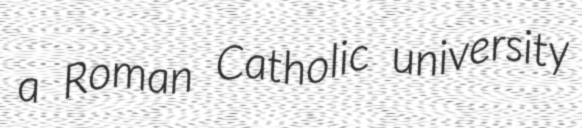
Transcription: a Roman Catholic university